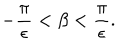
- { \frac { \pi } { \epsilon } } < \beta < { \frac { \pi } { \epsilon } } .